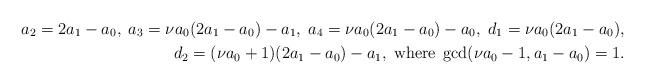
LaTeX: \begin{align*}a_2=2a_1-a_0,\; a_3=\nu a_0 (2a_1-a_0)-a_1, \; a_4=\nu a_0 (2a_1-a_0)-a_0,\; d_1=\nu a_0(2a_1-a_0),\\d_2=(\nu a_0+1) (2a_1-a_0)-a_1,\; \mbox{where}\; \gcd(\nu a_0-1,a_1-a_0)=1.\end{align*}